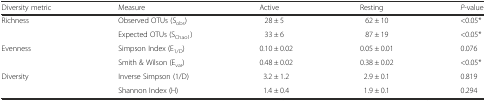
<table><thead><tr><td><b>Diversity metric</b></td><td><b>Measure</b></td><td><b>Active</b></td><td><b>Resting</b></td><td><b><i>P</i>-value</b></td></tr></thead><tbody><tr><td>Richness</td><td>Observed OTUs (S<sub>obs</sub>)</td><td>28 ± 5</td><td>62 ± 10</td><td>&lt;0.05*</td></tr><tr><td></td><td>Expected OTUs (S<sub>Chao1</sub>)</td><td>33 ± 6</td><td>87 ± 19</td><td>&lt;0.05*</td></tr><tr><td>Evenness</td><td>Simpson Index (E<sub>1/D</sub>)</td><td>0.10 ± 0.02</td><td>0.05 ± 0.01</td><td>0.076</td></tr><tr><td></td><td>Smith &amp; Wilson (E<sub>var</sub>)</td><td>0.48 ± 0.02</td><td>0.38 ± 0.02</td><td>&lt;0.05*</td></tr><tr><td>Diversity</td><td>Inverse Simpson (1/D)</td><td>3.2 ± 1.2</td><td>2.9 ± 0.1</td><td>0.819</td></tr><tr><td></td><td>Shannon Index (H)</td><td>1.4 ± 0.4</td><td>1.9 ± 0.1</td><td>0.294</td></tr></tbody></table>